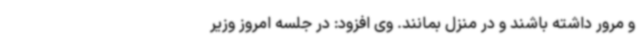
و مرور داشته باشند و در منزل بمانند. وی افزود: در جلسه امروز وزیر